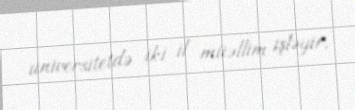
universitetdə iki il müəllim işləyir.